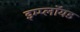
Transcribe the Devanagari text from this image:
इम्प्लॉयड